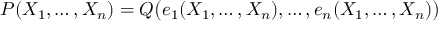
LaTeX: P ( X _ { 1 } , \ldots , X _ { n } ) = Q { \big ( } e _ { 1 } ( X _ { 1 } , \ldots , X _ { n } ) , \ldots , e _ { n } ( X _ { 1 } , \ldots , X _ { n } ) { \big ) }